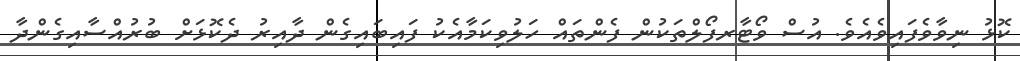
ކޮޅު ނިވާވެފައިވެއެވެ. އުސް ވޯޓާރފޯލްތަކުން ފެންތައް ހަލުވިކަމާއެކު ފައިބައިގެން ދާއިރު ދެކޮޅަށް ބުރުއްސާއިގެންދާ